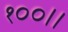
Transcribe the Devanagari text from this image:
१००।।